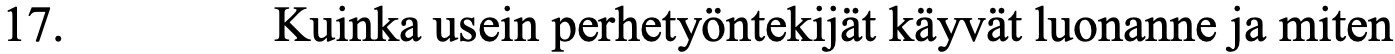
17.      Kuinka usein perhetyöntekijät käyvät luonanne ja miten